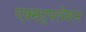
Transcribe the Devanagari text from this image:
एक्सट्रपलेशन